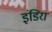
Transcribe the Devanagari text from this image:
इंडिरा